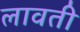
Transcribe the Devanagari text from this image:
लावती